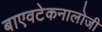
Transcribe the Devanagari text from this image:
बाएवटेकनालोजी